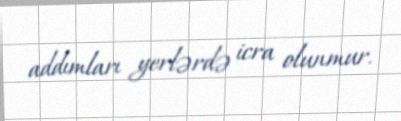
addımları yerlərdə icra olunmur.